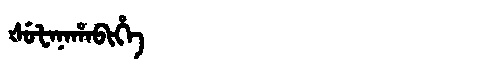
Manchu: ᡧᡠᡶᠠᠨᠠᡥᠠᠪᡳᡥᡝ
Romanization: ŠUFANAHABIHE